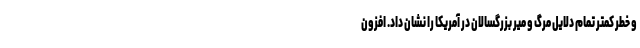
و خطر کمتر تمام دلایل مرگ و میر بزرگسالان در آمریکا را نشان داد. افزون